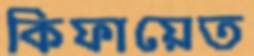
কিফায়েত